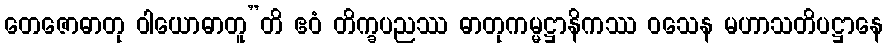
တေဇောဓာတု ဝါယောဓာတူ”တိ ဧဝံ တိက္ခပညဿ ဓာတုကမ္မဋ္ဌာနိကဿ ဝသေန မဟာသတိပဋ္ဌာနေ